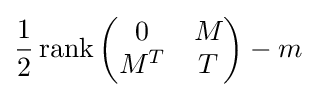
{\frac {1}{2}}\operatorname {rank} {\begin{pmatrix}0&M\\M^{T}&T\end{pmatrix}}-m